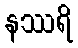
နဿရိ